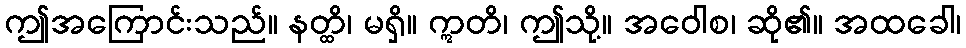
ဤအကြောင်းသည်။ နတ္ထိ၊ မရှိ။ ဣတိ၊ ဤသို့။ အဝေါစ၊ ဆို၏။ အထခေါ၊